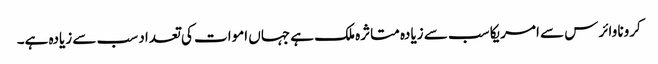
کرونا وائرس سے امریکا سب سے زیادہ متاثرہ ملک ہے جہاں اموات کی تعداد سب سے زیادہ ہے۔